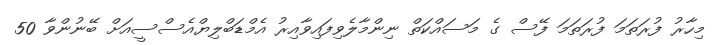
މިހާރު ފުރަތަމަ ފުރަތަމަ ފޭސް ގެ މަސައްކަތް ނިންމާލެވިފައިވާއިރު އެމްޑަބްލިޔްއެސްސީއަށް ބޭނުންވާ 50